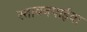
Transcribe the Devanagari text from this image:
स्तावनपाईवा